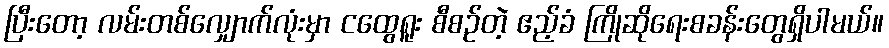
ပြီးတော့ လမ်းတစ်လျှောက်လုံးမှာ ငထွေရူး စီစဉ်တဲ့ ဧည့်ခံ ကြိုဆိုရေးစခန်းတွေရှိပါမယ်။